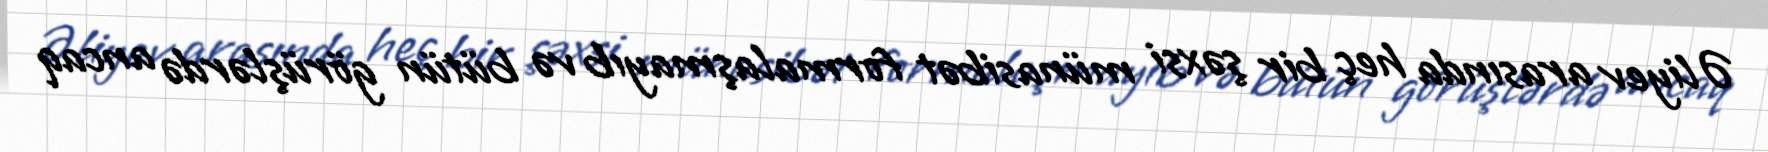
Əliyev arasında heç bir şəxsi münasibət formalaşmayıb və bütün görüşlərdə ancaq